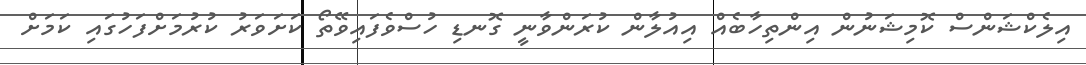
އިލެކްޝަންސް ކޮމިޝަނުން އިންތިހާބެއް އިއުލާން ކުރަންވާނީ ގޮނޑި ހުސްވެފައިވޭތޯ ކަށަވަރު ކުރުމަށްފަހުގައި ކަމަށް